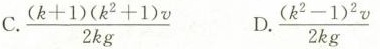
C.$$\frac { ( k + 1 ) ( k ^ { 2 } + 1 ) v } { 2 k g }$$ D.$$\frac { ( k ^ { 2 } - 1 ) ^ {2 } v } { 2 k g }$$